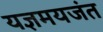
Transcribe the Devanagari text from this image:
यज्ञमयजंत